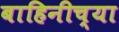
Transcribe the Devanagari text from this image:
बाहिनीच्या